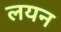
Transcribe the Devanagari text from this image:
लयन